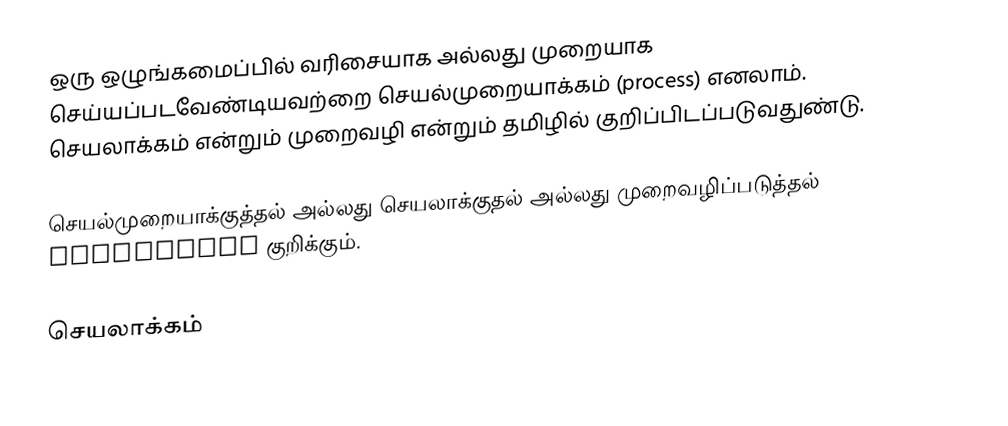
ஒரு ஒழுங்கமைப்பில் வரிசையாக அல்லது முறையாக செய்யப்படவேண்டியவற்றை செயல்முறையாக்கம் (process) எனலாம். செயலாக்கம் என்றும் முறைவழி என்றும் தமிழில் குறிப்பிடப்படுவதுண்டு.

செயல்முறையாக்குத்தல் அல்லது செயலாக்குதல் அல்லது முறைவழிப்படுத்தல் processing குறிக்கும்.

செயலாக்கம்